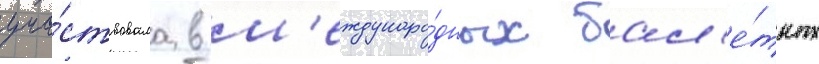
уча́ствовала в м'еждунаро́дных бал'е́тных